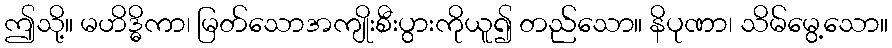
ဤသို့။ မဟိဒ္ဓိကာ၊ မြတ်သောအကျိုးစီးပွားကိုယူ၍ တည်သော။ နိပုဏာ၊ သိမ်မွေ့သော။